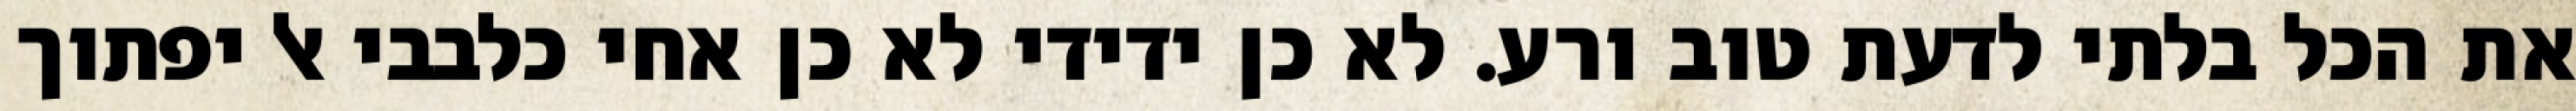
את הכל בלתי לדעת טוב ורע. לא כן ידידי לא כן אחי כלבבי אל יפתוך